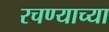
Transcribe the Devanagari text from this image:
रचण्याच्या